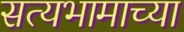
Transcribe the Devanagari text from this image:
सत्यभामाच्या